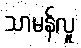
သာမန်လူ